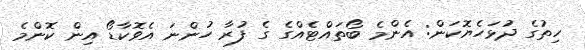
ހިތުގެ ދުޅަހެޔޮކަން: އެންމެ ބޯތައްޓެއްގެ ގެ ފުރާ ހުންނަ އެވޮކާޑޯ އިން ކޮންމެ